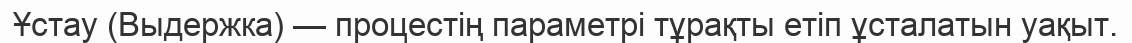
Ұстау (Выдержка) — процестің параметрі тұрақты етіп ұсталатын уақыт.